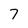
Character: 7